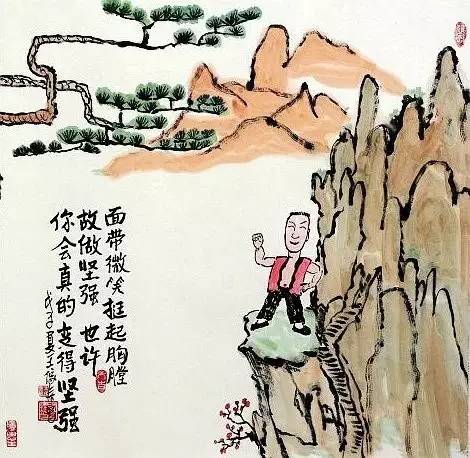
形影忽不见，翩翩伤我心。